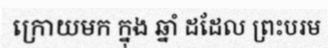
ក្រោយមក ក្នុង ឆ្នាំ ដដែល ព្រះបរម